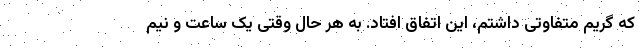
که گریم متفاوتی داشتم، این اتفاق افتاد. به هر حال وقتی یک ساعت و نیم